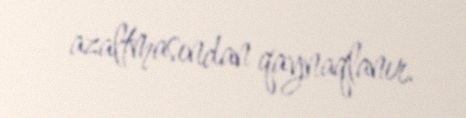
azaltmasından qaynaqlanır.